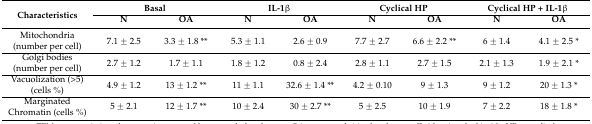
<table><thead><tr><td rowspan="2"><b>Characteristics</b></td><td colspan="2"><b>Basal</b></td><td colspan="2"><b>IL-1β</b></td><td colspan="2"><b>Cyclical HP</b></td><td colspan="2"><b>Cyclical HP + IL-1β</b></td></tr><tr><td><b>N</b></td><td><b>OA</b></td><td><b>N</b></td><td><b>OA</b></td><td><b>N</b></td><td><b>OA</b></td><td><b>N</b></td><td><b>OA</b></td></tr></thead><tbody><tr><td>Mitochondria (number per cell)</td><td>7.1 ± 2.5</td><td>3.3 ± 1.8 **</td><td>5.3 ± 1.1</td><td>2.6 ± 0.9</td><td>7.7 ± 2.7</td><td>6.6 ± 2.2 **</td><td>6 ± 1.4</td><td>4.1 ± 2.5 *</td></tr><tr><td>Golgi bodies (number per cell)</td><td>2.7 ± 1.2</td><td>1.7 ± 1.1</td><td>1.8 ± 1.2</td><td>0.8 ± 2.4</td><td>2.8 ± 1.1</td><td>2.7 ± 1.5</td><td>2.1 ± 1.3</td><td>1.9 ± 2.1 *</td></tr><tr><td>Vacuolization (&gt;5) (cells %)</td><td>4.9 ± 1.2</td><td>13 ± 1.2 **</td><td>11 ± 1.1</td><td>32.6 ± 1.4 **</td><td>4.2 ± 0.10</td><td>9 ± 1.3</td><td>9 ± 1.2</td><td>20 ± 1.3 *</td></tr><tr><td>Marginated Chromatin (cells %)</td><td>5 ± 2.1</td><td>12 ± 1.7 **</td><td>10 ± 2.4</td><td>30 ± 2.7 **</td><td>5 ± 2.5</td><td>10 ± 1.9</td><td>7 ± 2.2</td><td>18 ± 1.8 *</td></tr></tbody></table>